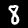
Digit: 8